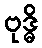
ဗုဒ္ဓိ